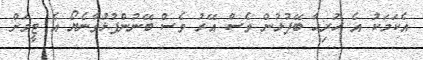
އެކަމަކު އެ ހުރިހާ ބޭފުޅުން ވެސް އޭރު ވެސް ބޭނުންފުޅުވާނެޔޯ އެ ޓީމަށް